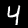
Digit: 4